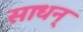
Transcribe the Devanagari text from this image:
साधन्